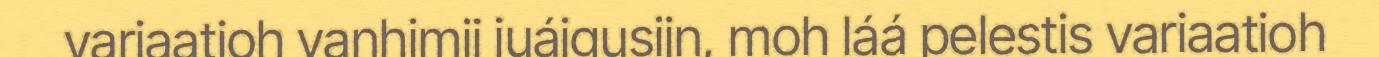
variaatioh vanhimij juáigusijn, moh láá pelestis variaatioh